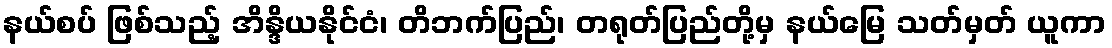
နယ်စပ် ဖြစ်သည့် အိန္ဒိယနိုင်ငံ၊ တိဘက်ပြည်၊ တရုတ်ပြည်တို့မှ နယ်မြေ သတ်မှတ် ယူကာ